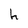
Character: h